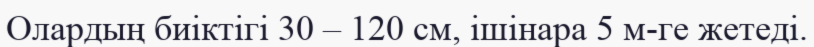
Олардың биіктігі 30 – 120 см, ішінара 5 м-ге жетеді.